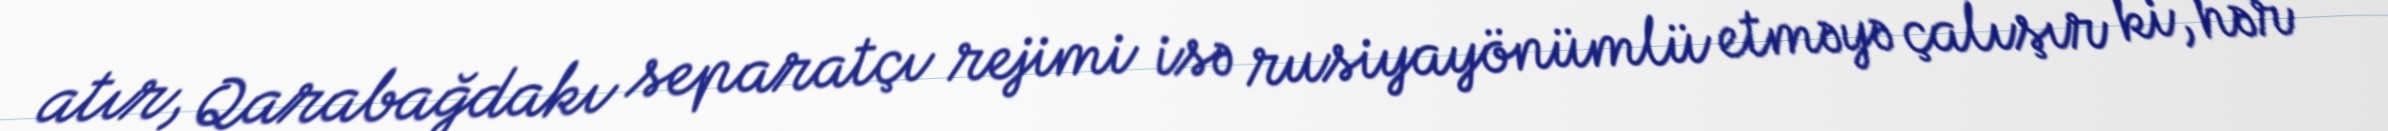
atır, Qarabağdakı separatçı rejimi isə rusiyayönümlü etməyə çalışır ki, hər